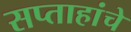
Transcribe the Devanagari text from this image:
सप्ताहांचे